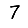
Digit: 7